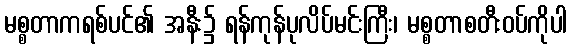
မစ္စတာကရစ်ပင်၏ အနီး၌ ရန်ကုန်ပုလိပ်မင်းကြီး၊ မစ္စတာစတီးဝပ်ကိုပါ